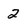
Character: 2